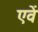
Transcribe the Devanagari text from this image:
एवें